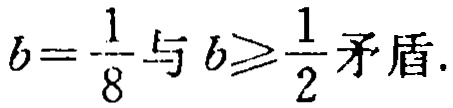
\(b = \frac{1}{8}\)与\(b \geqslant \frac{1}{2}\)矛盾.